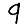
Digit: 9